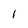
Character: 1